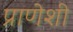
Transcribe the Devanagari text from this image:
प्राणेशी